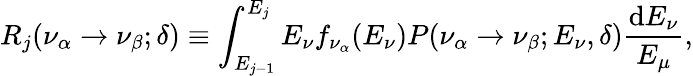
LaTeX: R_{j}(\nu_{\alpha}\rightarrow\nu_{\beta};\delta)\equiv\int_{E_{j-1}}^{E_{j}}E_{\nu}f_{\nu_{\alpha}}(E_{\nu})P(\nu_{\alpha}\rightarrow\nu_{\beta};E_{\nu},\delta)\frac{\mathrm{d}E_{\nu}}{E_{\mu}},